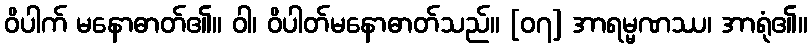
ဝိပါက် မနောဓာတ်၏။ ဝါ၊ ဝိပါတ်မနောဓာတ်သည်။ [၀၇] အာရမ္မဏဿ၊ အာရုံ၏။